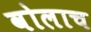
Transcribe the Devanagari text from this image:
वोलाच